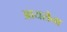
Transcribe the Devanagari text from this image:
आयरोना